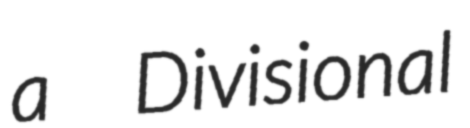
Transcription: a  Divisional